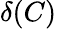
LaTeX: \delta(C)